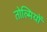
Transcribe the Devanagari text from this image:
तोल्मियों